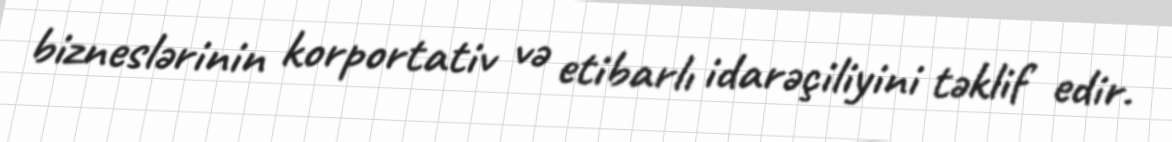
bizneslərinin korportativ və etibarlı idarəçiliyini təklif edir.